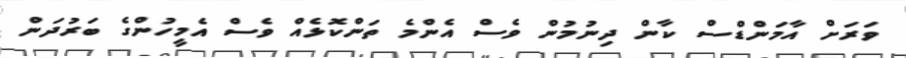
ވަރަށް އާމަންޑްސް ކާން ދިނުމުން ވެސް އެންމެ ތަންކޮޅެއް ވެސް އެމީހުންގެ ބަރުދަން